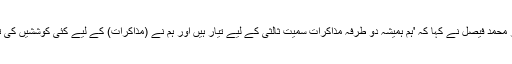
ڈاکٹر محمد فیصل نے کہا کہ 'ہم ہمیشہ دو طرفہ مذاکرات سمیت ثالثی کے لیے تیار ہیں اور ہم نے (مذاکرات) کے لیے کئی کوششیں کی تھیں'۔